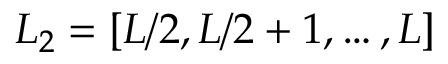
L _ { 2 } = [ L / 2 , L / 2 + 1 , \dots , L ]